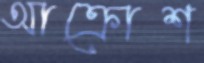
আক্রোশ